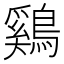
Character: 鷄